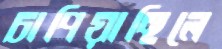
চাপিয়াছিলে